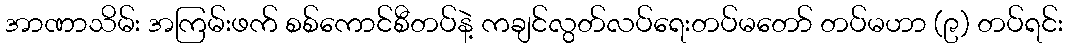
အာဏာသိမ်း အကြမ်းဖက် စစ်ကောင်စီတပ်နဲ့ ကချင်လွတ်လပ်ရေးတပ်မတော် တပ်မဟာ (၉) တပ်ရင်း